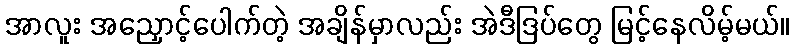
အာလူး အညှောင့်ပေါက်တဲ့ အချိန်မှာလည်း အဲဒီဒြပ်တွေ မြင့်နေလိမ့်မယ်။